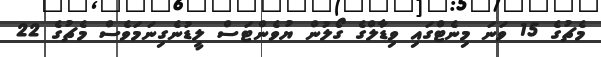
މެޗުގެ 15 ވަނަ މިނެޓްގައި ވިޑާލްގެ ގޯލުން ޔުވެންޓަސް ލީޑުނެގިނަމަވެސް މެޗުގެ 22